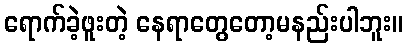
ရောက်ခဲ့ဖူးတဲ့ နေရာတွေတော့မနည်းပါဘူး။